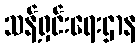
သန့်ရှင်းရေးဌာန